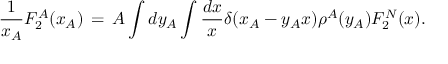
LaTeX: \frac { 1 } { x _ { A } } F _ { 2 } ^ { A } ( x _ { A } ) \, = \, A \int d y _ { A } \int \frac { d x } { x } \delta ( x _ { A } - y _ { A } x ) \rho ^ { A } ( y _ { A } ) F _ { 2 } ^ { N } ( x ) .